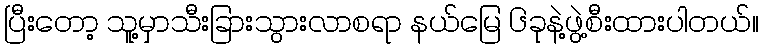
ပြီးတော့ သူ့မှာသီးခြားသွားလာစရာ နယ်မြေ ၆ခုနဲ့ဖွဲ့စီးထားပါတယ်။